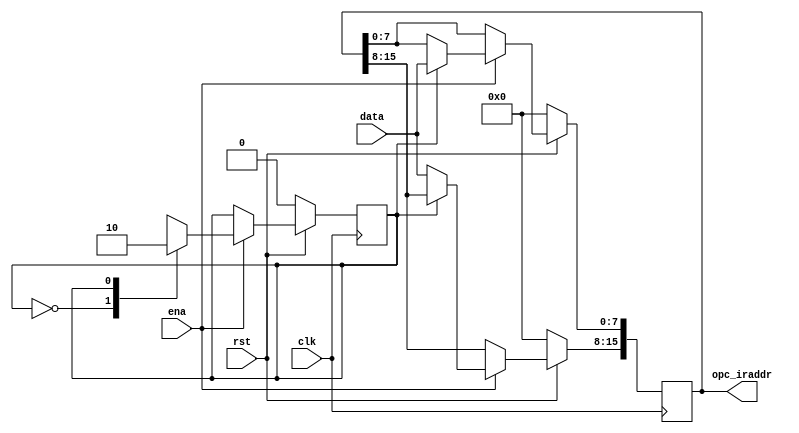
module inst_reg(
    clk,
    rst,
    ena,
    data,
    opc_iraddr
);

input clk;
input rst;
input ena;
input [7:0]data;
output reg [15:0]opc_iraddr;

reg state;

always@(posedge clk)
    if(!rst)
        begin
            state <= 1'b0;
            opc_iraddr <= 16'h0000;
        end
    else if(ena) 
        begin 
            casex(state)
                1'b0: begin state <= 1'b1; opc_iraddr[15:8] <= data;end
                1'b1: begin state <= 1'b0; opc_iraddr[7 :0] <= data;end 
             default: begin state <= 1'bx; opc_iraddr <= 16'hxxxx;end
            endcase 
        end

endmodule